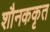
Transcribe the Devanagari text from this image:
शौनककृत